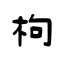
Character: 枸